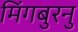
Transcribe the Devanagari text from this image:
मिंगबुरनु